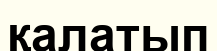
қалатып